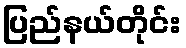
ပြည်နယ်တိုင်း